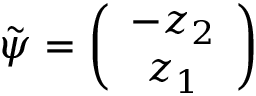
\tilde { \psi } = \left( \begin{array} { c } { { - z _ { 2 } } } \\ { { z _ { 1 } } } \end{array} \right)